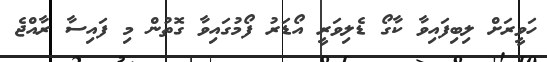
ހަވީރަށް ލިބިފައިވާ ކާގޯ ޑެލިވަރީ އޯޑަރު ފޯމުގައިވާ ގޮތުން މި ފައިސާ ރާއްޖެ